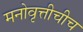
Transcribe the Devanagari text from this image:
मनोवृत्तीचीच